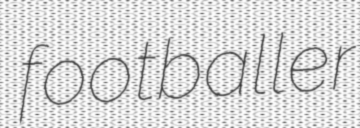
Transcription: footballer